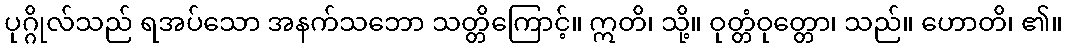
ပုဂ္ဂိုလ်သည် ရအပ်သော အနက်သဘော သတ္တိကြောင့်။ ဣတိ၊ သို့။ ဝုတ္တံဝုတ္တော၊ သည်။ ဟောတိ၊ ၏။